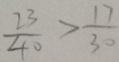
\frac { 2 3 } { 4 0 } > \frac { 1 7 } { 3 0 }